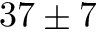
3 7 \pm 7